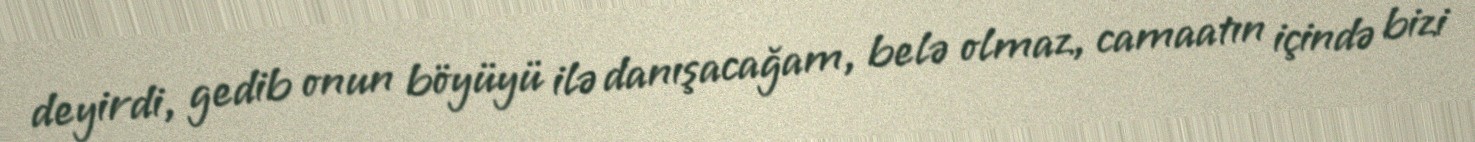
deyirdi, gedib onun böyüyü ilə danışacağam, belə olmaz, camaatın içində bizi